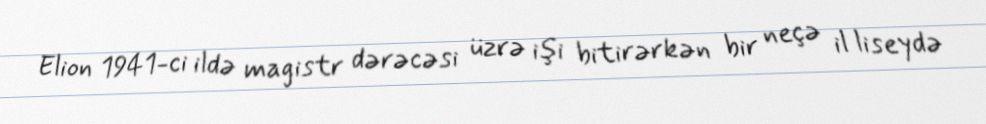
Elion 1941-ci ildə magistr dərəcəsi üzrə işi bitirərkən bir neçə il liseydə